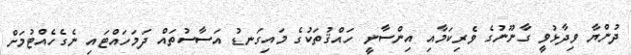
ދުންޔާ ވިދާޅުވީ ގާނޫނުގެ ވެރިކަމާއި އިންސާނީ ހައްޤުތަކުގެ މައިގަނޑު އަސާސުތައް ދަމަހައްޓައި ނެގެހެއްޓުމަށް